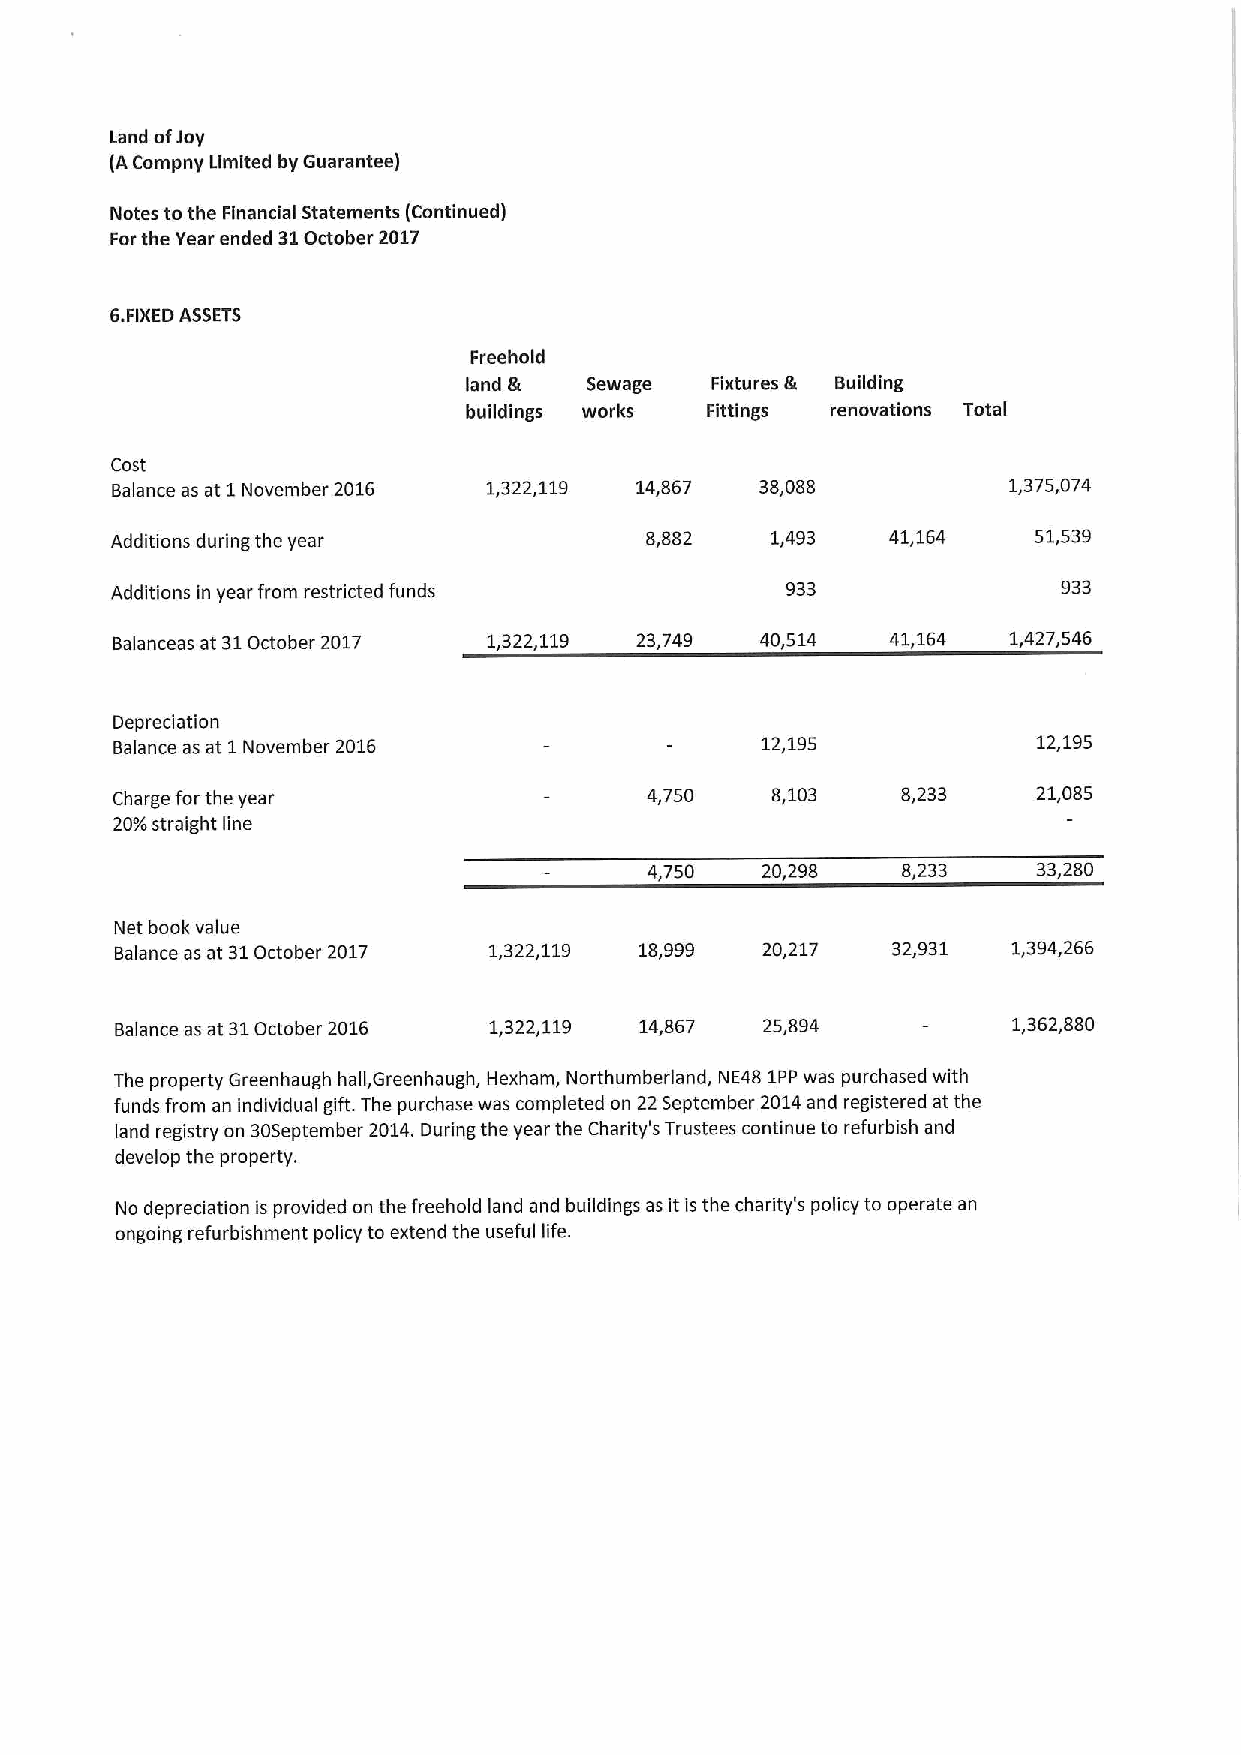
Land ofJoy
 (ACompny Limited by Guarantee)
 Notes tothe Financial Statements (Continued)
 Forthe Year ended 31October 2017
 6.FIXEDASSETS
 Freehold
 land &  Sewage  Fixtures & Building
 buildings works Fittings renovations Total
 Cost
 Balance as at 1November 2016 1,322,119 14,867 38,088        1,375,074
 Additions during the year           8,882   1,493   41,164   51,539
 Additions in year from restricted funds      933               933
 Balanceas at 31October 2017 1,322,119 23,749 40,514 41,164  1,427,546
 Depreciation
 Balance as at 1November 2016               12,195             12,195
 Charge forthe year                  4,750   8,103    8,233    21,085
 20/o straight line
 4,750  20,298    8,233    33,280
 Net book value
 Balance as at 31October 2017 1,322,119 18,999 20,217 32,931 1,394,266
 Balance as at 31October 2016 1,322,119 14,867 25,894       1,362,880
 The property Greenhaugh hall,Greenhaugh, Hexham, Northumberland, NE48 1PPwas purchased with
 funds from an individual gift. The purchase was completed on 22September 2014and registered at the
 land registry on 305eptember 2014.During the year the Charity's Trustees continue to refurbish and
 develop the property.
 No depreciation is provided on the freehold land and buildings as it is the charity's policy to operate an
 ongoing refurbishment policy to extend the useful life.